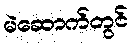
မဲဆောက်တွင်